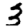
Digit: 3